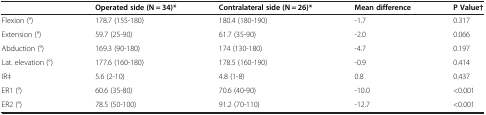
<table><thead><tr><td><b> </b></td><td><b>Operated side (N = 34)*</b></td><td><b>Contralateral side (N = 26)*</b></td><td><b>Mean difference</b></td><td><b>P Value†</b></td></tr></thead><tbody><tr><td>Flexion (°)</td><td>178.7 (155-180)</td><td>180.4 (180-190)</td><td>-1.7</td><td>0.317</td></tr><tr><td>Extension (°)</td><td>59.7 (25-90)</td><td>61.7 (35-90)</td><td>-2.0</td><td>0.066</td></tr><tr><td>Abduction (°)</td><td>169.3 (90-180)</td><td>174 (130-180)</td><td>-4.7</td><td>0.197</td></tr><tr><td>Lat. elevation (°)</td><td>177.6 (160-180)</td><td>178.5 (160-190)</td><td>-0.9</td><td>0.414</td></tr><tr><td>IR‡</td><td>5.6 (2-10)</td><td>4.8 (1-8)</td><td>0.8</td><td>0.437</td></tr><tr><td>ER1 (°)</td><td>60.6 (35-80)</td><td>70.6 (40-90)</td><td>-10.0</td><td>&lt;0.001</td></tr><tr><td>ER2 (°)</td><td>78.5 (50-100)</td><td>91.2 (70-110)</td><td>-12.7</td><td>&lt;0.001</td></tr></tbody></table>